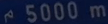
5000 m